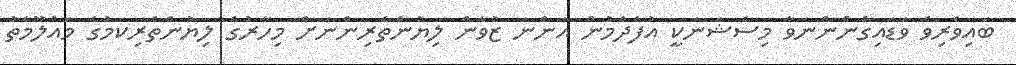
ބައިވެރިވެ ވަޑައިގެންންނަވާ މިސެޝަނަކީ އުފެދެމުން އަންނަ ޒުވާން ލިޔުންތެރިންނަށް މިހާރުގެ ލިޔުންތެރިކަމުގެ މައުލޫމާތު